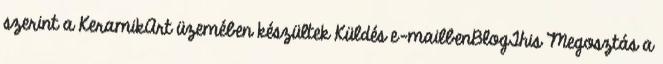
szerint a KeramikArt üzemében készültek Küldés e-mailbenBlogThis Megosztás a